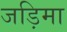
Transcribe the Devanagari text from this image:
जड़िमा